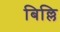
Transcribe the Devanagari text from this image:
बिल्लि